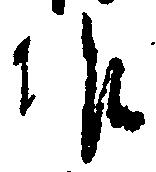
作